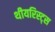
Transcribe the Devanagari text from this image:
थीयरिस्ट्स